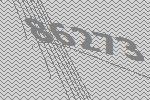
86273